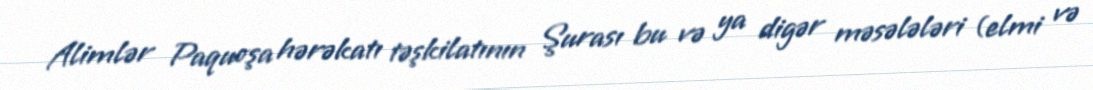
Alimlər Paquoşa hərəkatı təşkilatının Şurası bu və ya digər məsələləri (elmi və